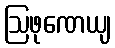
ဩဖုဏေယျ